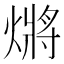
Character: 𭵲